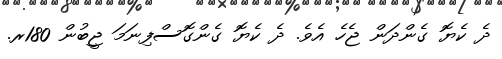
ދެ ކެޔޮ ގެންދަން ޖެހެ އެވެ. ދެ ކެޔޮ ގެންގޮސްފިނަމަ ޖީބުން 180ރ.